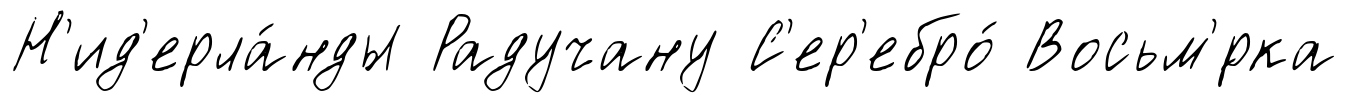
Н'ид'ерла́нды Радучану С'ер'ебро́ Восьм'́рка